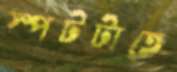
স্পটটাতে